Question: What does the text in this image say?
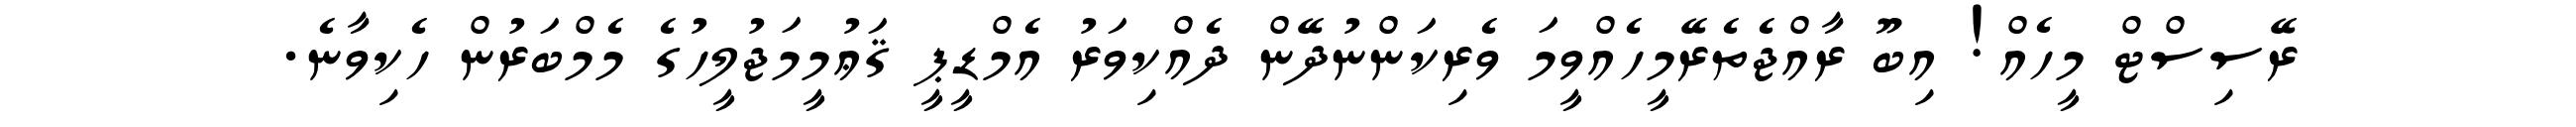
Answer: ރޭސިސްޓް މީހެއް! އިބޫ ރާއްޖެތެރޭމީހެއްވީމަ ވެރިކަންނުދޭން ދެއްކިވަރު އެމްޑީޕީ ޤަޢުމީމަޖުލީހުގެ މެމްބަރުން ހެކިވާނެ.